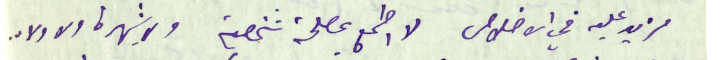
مزيد عليه في الاخلاص لا اطمع بمصلحة شخصية ولا شهرة ولا ولاء.